Indian journal of veterinary science and animal husbandry - Volumes 18-21, 1948-1951
Year: 1948
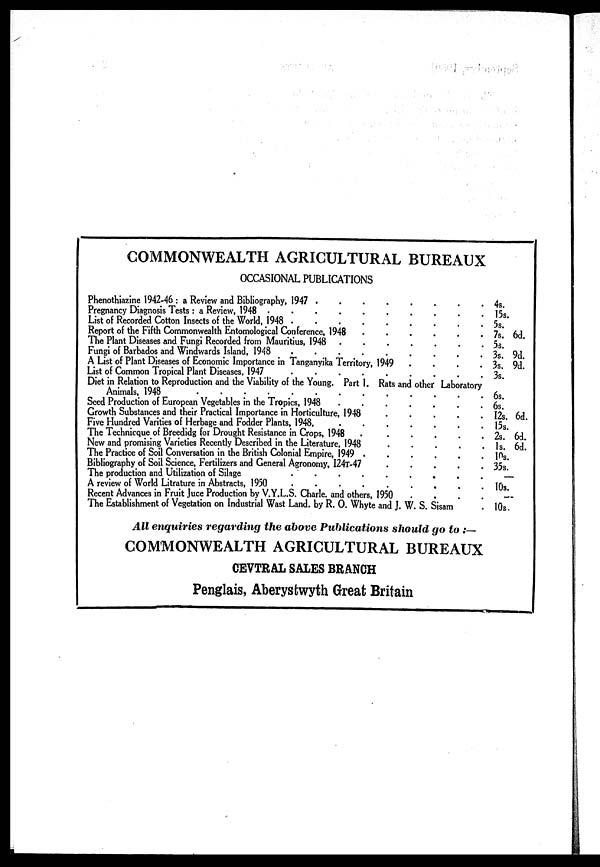
COMMONWEALTH AGRICULTURAL BUREAUX
OCCASIONAL PUBLICATIONS
Phenothiazine 1942-46 : a Review and Bibliography, 1947
Pregnancy Diagnosis Tests : a Review, 1948
List of Recorded Cotton Insects of the World, 1948
Report of the Fifth Commonwealth Entomological Conference, 1948
The Plant Diseases and Fungi Recorded from Mauritius, 1948
Fungi of Barbados and Windwards Island, 1948
A List of Plant Diseases of Economic Importance in Tanganyika Territory, 1949
List of Common Tropical Plant Diseases, 1947
Diet in Relation to Reproduction and the Viability of the Young. Part 1. Rats and other Laboratory
Animals, 1948
Seed Production of European Vegetables in the Tropics, 1948
Growth Substances and their Practical Importance in Horticulture, 1948
Five Hundred Varities of Herbage and Fodder Plants, 1948.
The Technicque of Breedidg for Drought Resistance in Crops, 1948
New and promising Varieties Recently Described in the Literature, 1948
The Practice of Soil Conversation in the British Colonial Empire, 1949
Bibliography of Soil Science, Fertilizers and General Agronomy, 124T-47
The production and Utilization of Silage
A review of World Litrature in Abstracts, 1950
Recent Advances in Fruit Juce Production by V.Y.L.S. Charle. and others, 1950
The Establishment of Vegetation on Industrial Wast Land, by R. O. Whyte and J. W. S. Sisam
4s.
15s.
5s.
7s. 6d.
5s.
3s. 9d.
3s. 9d.
3s.
6s.
6s.
12s. 6d.
15s.
2s. 6d.
1s. 6d.
10s.
35s.
—
10s.
—
10s.
All enquiries regarding the above Publications should go to :—
COMMONWEALTH AGRICULTURAL BUREAUX
CEVTRAL SALES BRANCH
Penglais, Aberystwyth Great Britain